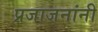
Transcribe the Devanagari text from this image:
प्रजाजनांनी